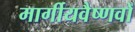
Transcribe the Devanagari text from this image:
मार्गीयवैष्णवों